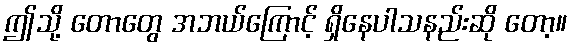
ဤသို့ တောတွေ အဘယ်ကြောင့် ရှိနေပါသနည်းဆို တော့။